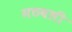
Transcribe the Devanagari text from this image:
मठवली